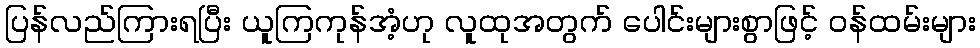
ပြန်လည်ကြားရပြီး ယူကြကုန်အံ့ဟု လူထုအတွက် ပေါင်းများစွာဖြင့် ဝန်ထမ်းများ